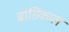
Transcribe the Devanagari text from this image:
ब्रॉसिकाल